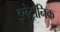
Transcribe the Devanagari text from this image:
इलेट्रॉनिक